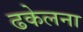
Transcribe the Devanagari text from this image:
ढकेलना